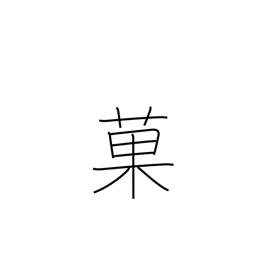
Meaning: cakes